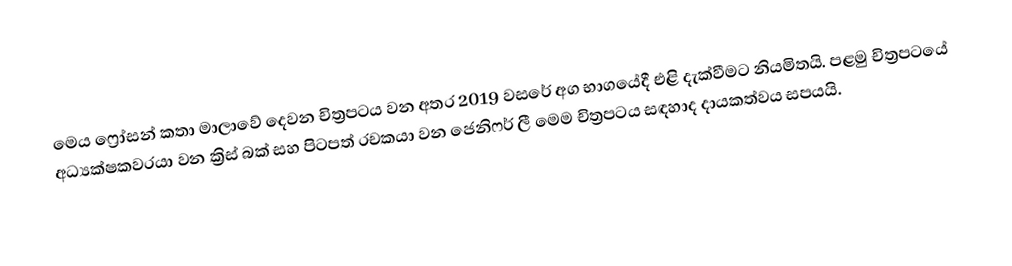
මෙය ෆ්‍රෝසන් කතා මාලාවේ දෙවන චිත්‍රපටය වන අතර 2019 වසරේ අග භාගයේදී එළි දැක්වීමට නියමිතයි. පළමු චිත්‍රපටයේ අධ්‍යක්ෂකවරයා වන ක්‍රිස් බක් සහ පිටපත් රචකයා වන ජෙනිෆර් ලී මෙම චිත්‍රපටය සඳහාද දායකත්වය සපයයි.